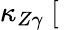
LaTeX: \kappa_{Z\gamma}~[\